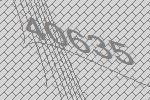
40635